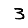
Digit: 3